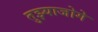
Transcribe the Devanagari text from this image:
तुझ्याजोगे